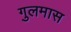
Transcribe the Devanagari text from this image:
गुलमास